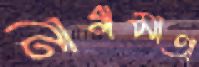
নাগমাতা